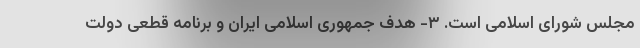
مجلس شورای اسلامی است. ۳- هدف جمهوری اسلامی ایران و برنامه قطعی دولت